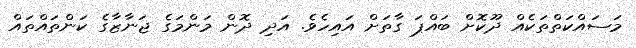
މަސައްކަތްތަކެއް ދޫކޮށް ބައްޕަ ގާތަށް އައިހެވެ. އަދި ދޮން މަންމަގެ ޖަނާޒާގެ ކަންތައްތައް